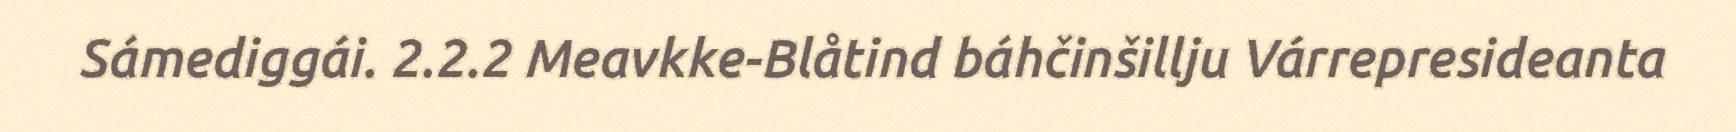
Sámediggái. 2.2.2 Meavkke-Blåtind báhčinšillju Várrepresideanta